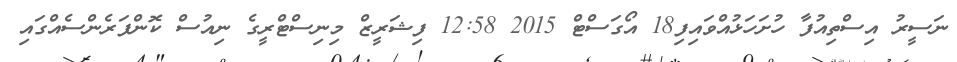
ނަސީރު އިސްތިއުފާ ހުށަހަޅުއްވައިފި18 އޯގަސްޓް 2015 12:58 ފިޝަރީޒް މިނިސްޓްރީގެ ނިއުސް ކޮންފަރެންސެއްގައި